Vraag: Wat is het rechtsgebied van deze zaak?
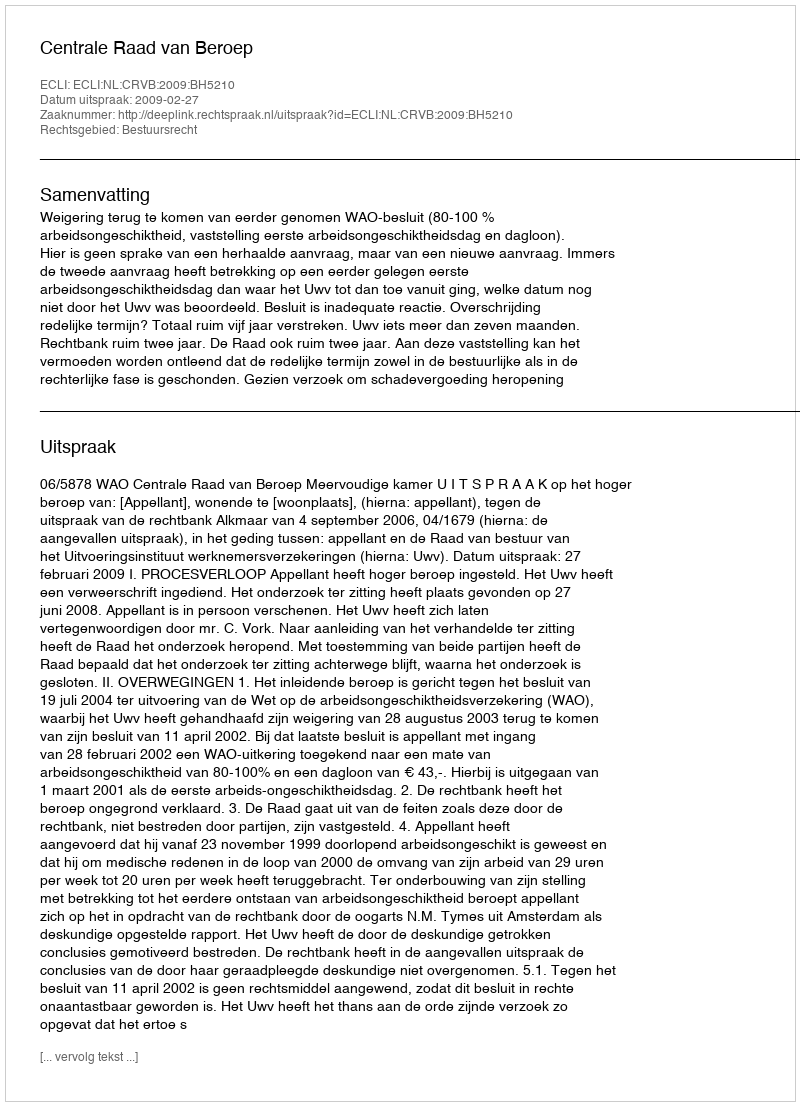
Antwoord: Bestuursrecht